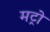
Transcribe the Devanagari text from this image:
मट्रो